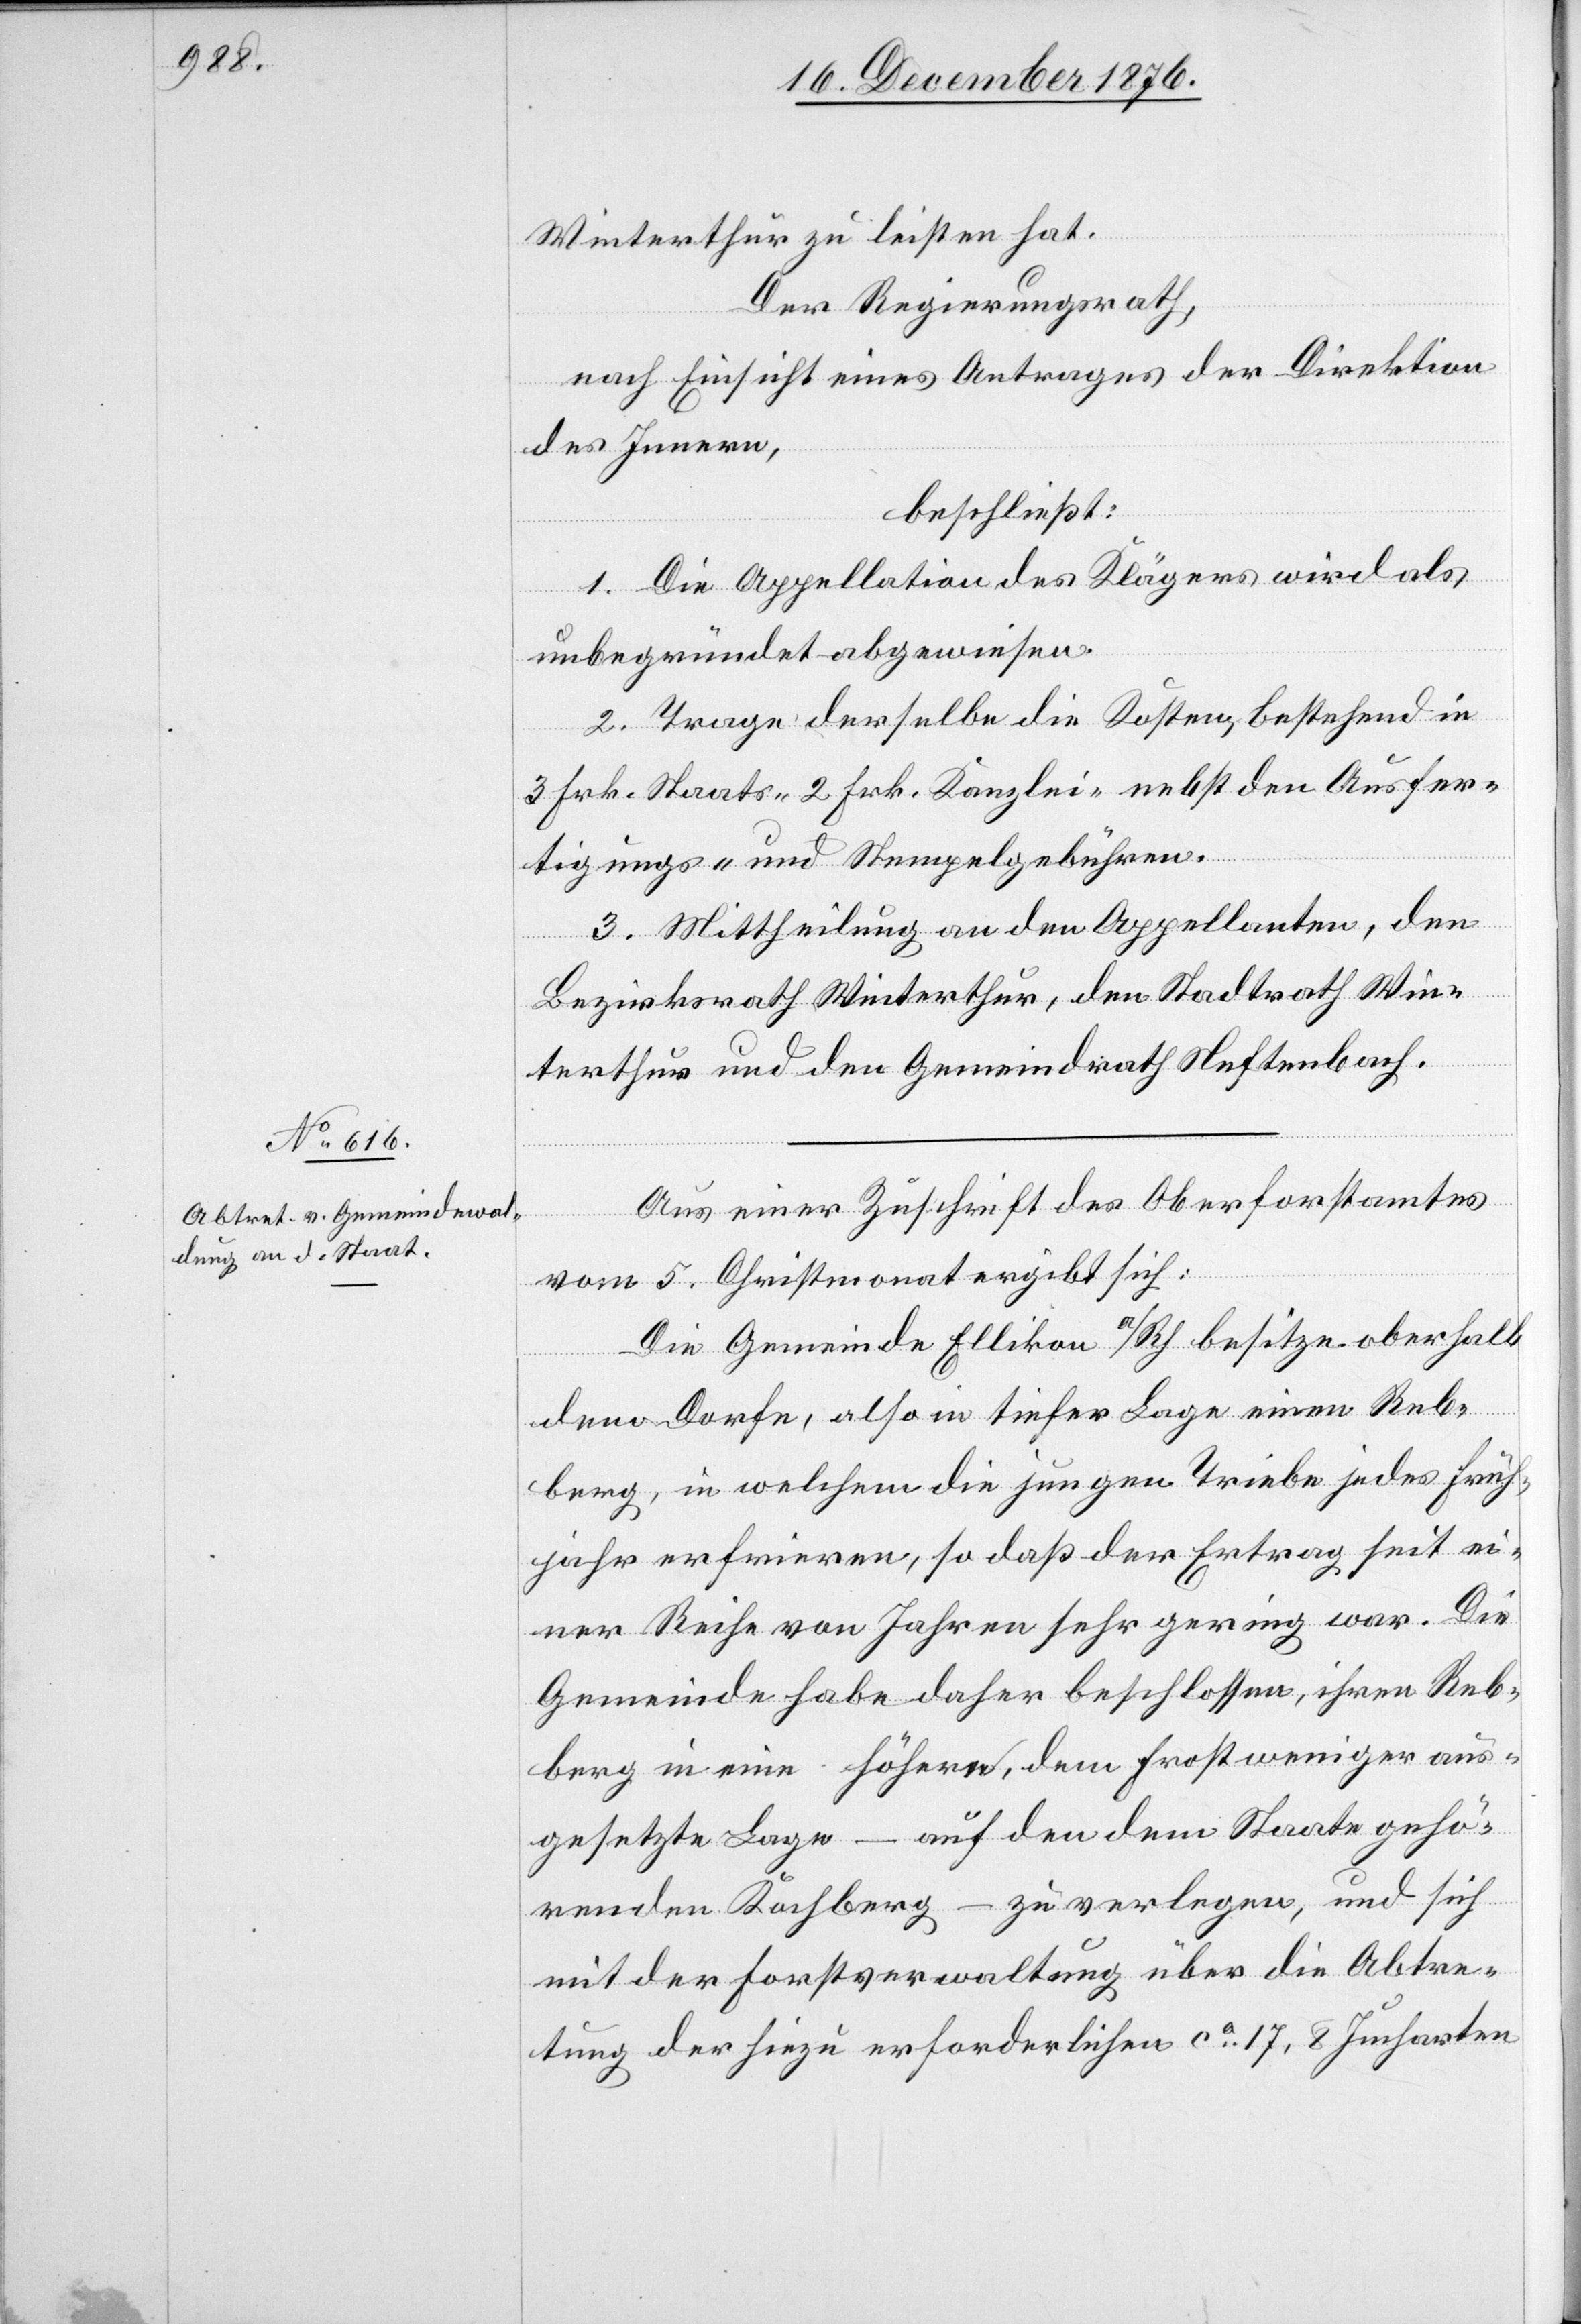
Winterthur zu leisten hat.
Der Regierungsrath,
nach Einsicht eines Antrages der Direktion
des Innern,
beschließt:
1. Die Appellation des Klägers wird als
unbegründet abgewiesen.
2. Trage derselbe die Kosten, bestehend in
3 Frk. Staats- 2 Frk. Kanzlei- nebst den Ausfer¬
tigungs- und Stempelgebühren.
3. Mittheilung an den Appellanten, den
Bezirksrath Winterthur, den Stadtrath Win¬
terthur und den Gemeindrath Neftenbach.
Aus einer Zuschrift des Oberforstamtes
vom 5. Christmonat ergibt sich:
Die Gemeinde Ellikon a/Rh besitze oberhalb
dem Dorfe, also in tiefer Lage einen Reb¬
berg, in welchem die jungen Triebe jedes Früh¬
jahr erfrieren, so daß der Ertrag seit ei¬
ner Reihe von Jahren sehr gering war. Die
Gemeinde habe daher beschlossen, ihren Reb¬
berg in eine höhere, dem Frost weniger aus¬
gesetzte Lage – auf den dem Staate gehö¬
renden Kochberg – zu verlegen, und sich
mit der Forstverwaltung über die Abtre¬
tung der hiezu erforderlichen ca 17,8 Jucharten